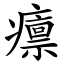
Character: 癝